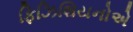
ફિઝિશિયનોએ